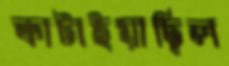
কাটাইয়াছিল